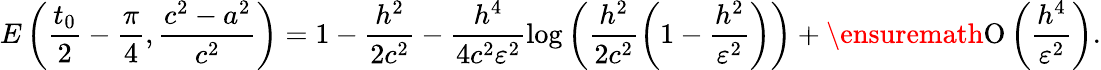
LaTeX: E\left(\frac{t_{0}}{2}-\frac{\pi}{4},\frac{c^{2}-a^{2}}{c^{2}}\right)=1-\frac{h^{2}}{2c^{2}}-\frac{h^{4}}{4c^{2}\varepsilon^{2}}\log{\left(\frac{h^{2}}{2c^{2}}\left(1-\frac{h^{2}}{\varepsilon^{2}}\right)\right)}+\ensuremath{\operatorname{O}\left(\frac{h^{4}}{\varepsilon^{2}}\right)}.